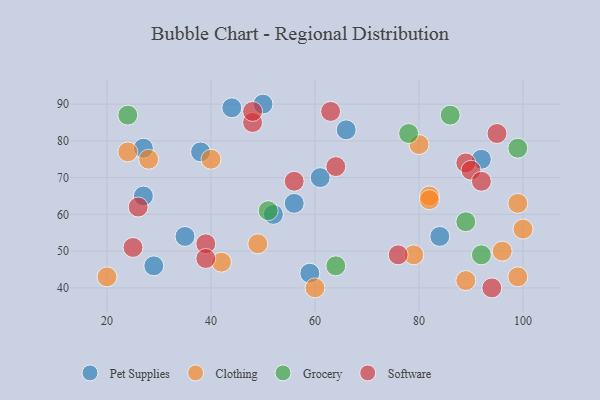
{"axis": {"x": "GDP", "y": "Life Expectancy"}, "legend": ["Clothing", "Grocery", "Pet Supplies", "Software"], "data": [{"x": "59", "y": 44, "type": "Pet Supplies"}, {"x": "27", "y": 78, "type": "Pet Supplies"}, {"x": "50", "y": 90, "type": "Pet Supplies"}, {"x": "29", "y": 46, "type": "Pet Supplies"}, {"x": "38", "y": 77, "type": "Pet Supplies"}, {"x": "52", "y": 60, "type": "Pet Supplies"}, {"x": "66", "y": 83, "type": "Pet Supplies"}, {"x": "84", "y": 54, "type": "Pet Supplies"}, {"x": "61", "y": 70, "type": "Pet Supplies"}, {"x": "44", "y": 89, "type": "Pet Supplies"}, {"x": "35", "y": 54, "type": "Pet Supplies"}, {"x": "27", "y": 65, "type": "Pet Supplies"}, {"x": "92", "y": 75, "type": "Pet Supplies"}, {"x": "56", "y": 63, "type": "Pet Supplies"}, {"x": "99", "y": 43, "type": "Clothing"}, {"x": "82", "y": 65, "type": "Clothing"}, {"x": "20", "y": 43, "type": "Clothing"}, {"x": "96", "y": 50, "type": "Clothing"}, {"x": "49", "y": 52, "type": "Clothing"}, {"x": "60", "y": 40, "type": "Clothing"}, {"x": "99", "y": 63, "type": "Clothing"}, {"x": "89", "y": 42, "type": "Clothing"}, {"x": "79", "y": 49, "type": "Clothing"}, {"x": "100", "y": 56, "type": "Clothing"}, {"x": "40", "y": 75, "type": "Clothing"}, {"x": "28", "y": 75, "type": "Clothing"}, {"x": "82", "y": 64, "type": "Clothing"}, {"x": "24", "y": 77, "type": "Clothing"}, {"x": "80", "y": 79, "type": "Clothing"}, {"x": "42", "y": 47, "type": "Clothing"}, {"x": "99", "y": 78, "type": "Grocery"}, {"x": "78", "y": 82, "type": "Grocery"}, {"x": "24", "y": 87, "type": "Grocery"}, {"x": "86", "y": 87, "type": "Grocery"}, {"x": "92", "y": 49, "type": "Grocery"}, {"x": "51", "y": 61, "type": "Grocery"}, {"x": "64", "y": 46, "type": "Grocery"}, {"x": "89", "y": 58, "type": "Grocery"}, {"x": "56", "y": 69, "type": "Software"}, {"x": "89", "y": 74, "type": "Software"}, {"x": "76", "y": 49, "type": "Software"}, {"x": "90", "y": 72, "type": "Software"}, {"x": "92", "y": 69, "type": "Software"}, {"x": "95", "y": 82, "type": "Software"}, {"x": "39", "y": 52, "type": "Software"}, {"x": "48", "y": 85, "type": "Software"}, {"x": "25", "y": 51, "type": "Software"}, {"x": "94", "y": 40, "type": "Software"}, {"x": "26", "y": 62, "type": "Software"}, {"x": "39", "y": 48, "type": "Software"}, {"x": "63", "y": 88, "type": "Software"}, {"x": "48", "y": 88, "type": "Software"}, {"x": "64", "y": 73, "type": "Software"}]}